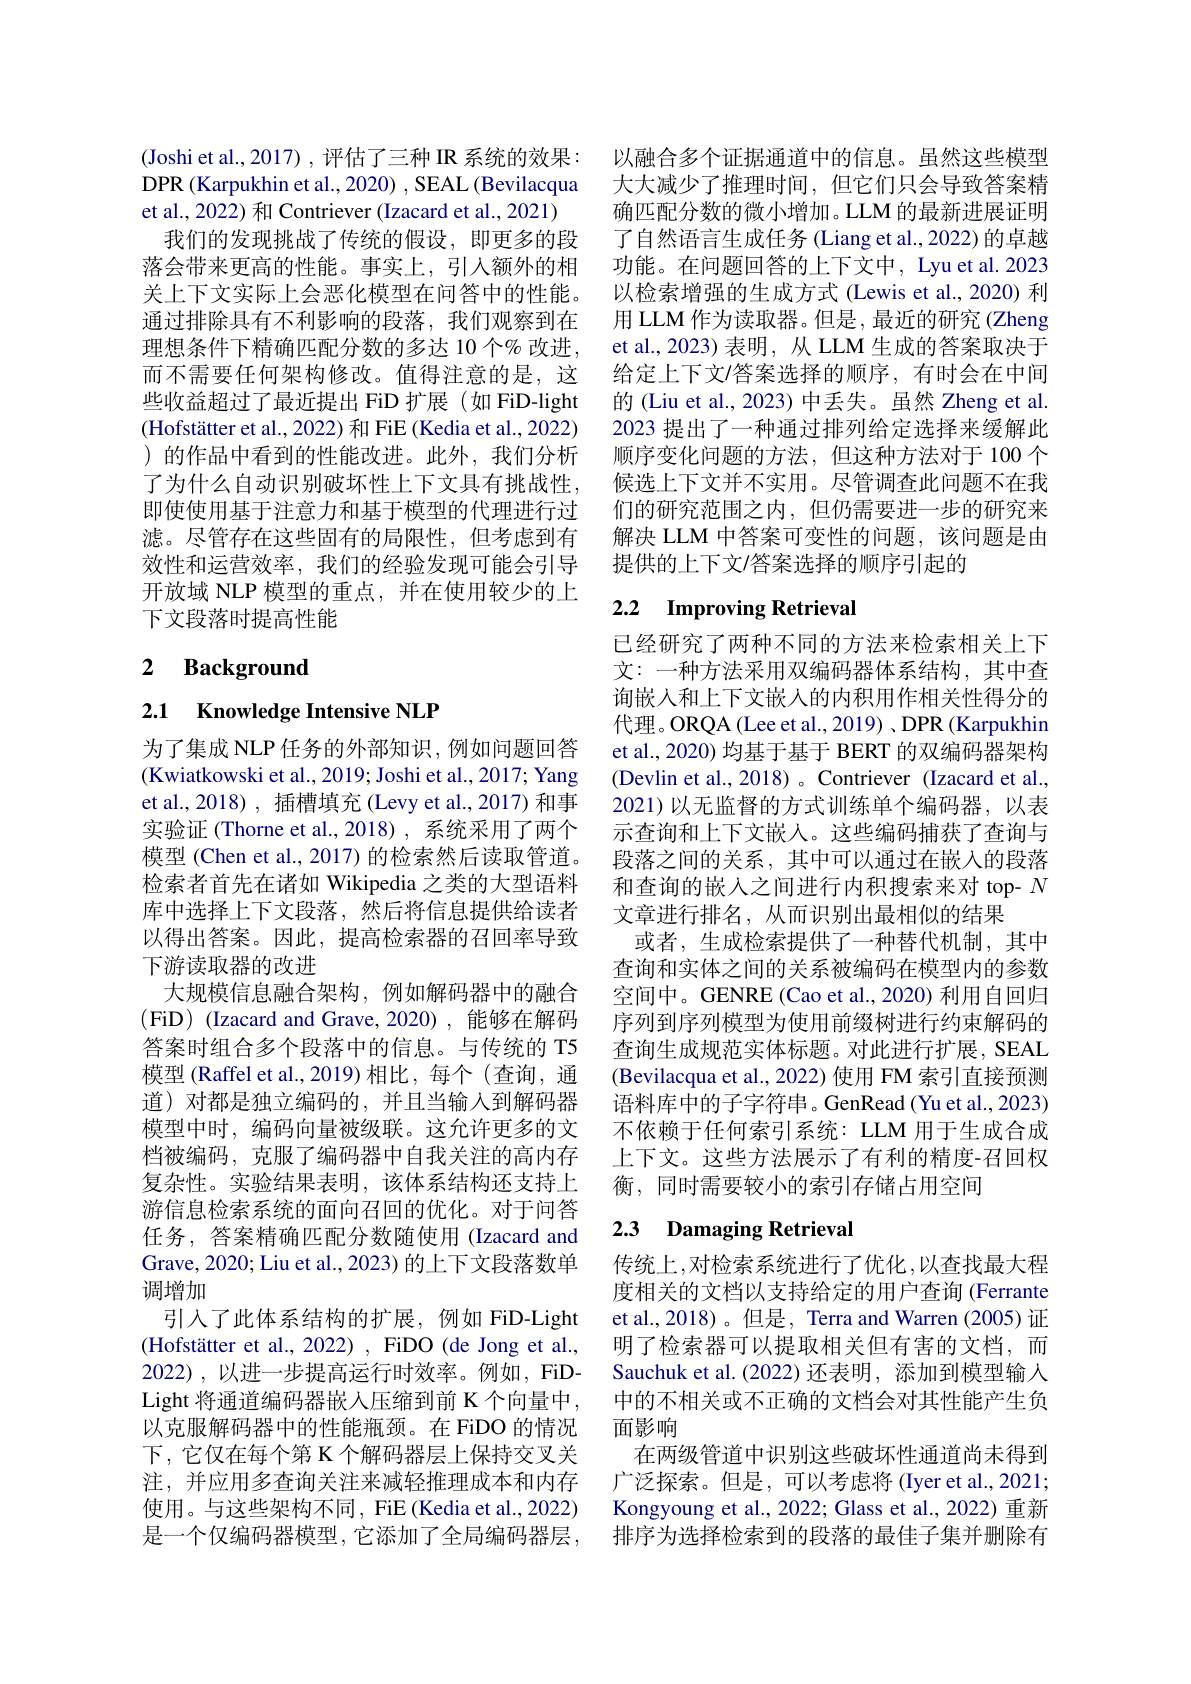
(Joshi et al., 2017), 评估了三种 IR 系统的效果： DPR (Karpukhin et al., 2020) , SEAL (Bevilacqua et al., 2022) 和 Contriever (Izacard et al., 2021)
我们的发现挑战了传统的假设，即更多的段落会带来更高的性能。事实上，引入额外的相关上下文实际上会恶化模型在问答中的性能。通过排除具有不利影响的段落，我们观察到在理想条件下精确匹配分数的多达 10 个% 改进， 而不需要任何架构修改。值得注意的是，这些收益超过了最近提出 FiD 扩展 (如 FiD-light (Hofstätter et al., 2022) 和 FiE (Kedia et al., 2022) )的作品中看到的性能改进。此外，我们分析了为什么自动识别破坏性上下文具有挑战性， 即使使用基于注意力和基于模型的代理进行过滤。尽管存在这些固有的局限性，但考虑到有效性和运营效率，我们的经验发现可能会引导开放域 NLP 模型的重点，并在使用较少的上下文段落时提高性能

# 2 Background

2.1 Knowledge Intensive NLP

为了集成 NLP 任务的外部知识，例如问题回答(Kwiatkowski et al., 2019; Joshi et al., 2017; Yang et al.,2018), 插槽填充(Levy et al.,2017) 和事实验证(Thorne et al.,2018),系统采用了两个模型 (Chen et al., 2017) 的检索然后读取管道。检索者首先在诸如 Wikipedia 之类的大型语料库中选择上下文段落，然后将信息提供给读者以得出答案。因此，提高检索器的召回率导致下游读取器的改进
大规模信息融合架构，例如解码器中的融合答案时组合多个段落中的信息。与传统的 T5模型 (Raffel et al., 2019)相比，每个 (查询，通道) 对都是独立编码的，并且当输入到解码器模型中时，编码向量被级联。这允许更多的文档被编码，克服了编码器中自我关注的高内存复杂性。实验结果表明，该体系结构还支持上游信息检索系统的面向召回的优化。对于问答任务，答案精确匹配分数随使用(Izacard and Grave, 2020; Liu et al., 2023) 的上下文段落数单调增加
引入了此体系结构的扩展，例如 FiD-Light (Hofstätter et al., 2022) , FiDO (de Jong et al., 2022),以进一步提高运行时效率。例如，FiDLight 将通道编码器嵌人压缩到前 K 个向量中， 以克服解码器中的性能瓶颈。在FiDO 的情况下，它仅在每个第 K 个解码器层上保持交叉关注，并应用多查询关注来减轻推理成本和内存使用。与这些架构不同 , FiE (Kedia et al., 2022) 是一个仅编码器模型，它添加了全局编码器层，

以融合多个证据通道中的信息。虽然这些模型大大减少了推理时间，但它们只会导致答案精确匹配分数的微小增加。LLM 的最新进展证明了自然语言生成任务 (Liang et al., 2022) 的卓越功能。在问题回答的上下文中，Lyu et al. 2023以检索增强的生成方式 (Lewis et al., 2020) 利用 LLM 作为读取器。但是，最近的研究 (Zheng et al., 2023) 表明，从 LLM 生成的答案取决于给定上下文$\prime$答案选择的顺序，有时会在中间的 (Liu et al., 2023) 中丢失。虽然 Zheng et al. 2023 提出了一种通过排列给定选择来缓解此顺序变化问题的方法，但这种方法对于 100个候选上下文并不实用。尽管调查此问题不在我们的研究范围之内，但仍需要进一步的研究来解决 LLM 中答案可变性的问题，该问题是由提供的上下文/答案选择的顺序引起的

## 2.2 Improving Retrieval

已经研究了两种不同的方法来检索相关上下文：一种方法采用双编码器体系结构，其中查询嵌入和上下文嵌人的内积用作相关性得分的代理。ORQA (Lee et al., 2019) , DPR (Karpukhin et al., 2020) 均基于基于 BERT 的双编码器架构(Devlin et al., 2018)。{Contriever}({Izacardetal}., 2021)以无监督的方式训练单个编码器，以表示查询和上下文嵌人。这些编码捕获了查询与段落之间的关系，其中可以通过在嵌入的段落和查询的嵌入之间进行内积搜索来对 top- $N$ 文章进行排名，从而识别出最相似的结果
或者，生成检索提供了一种替代机制，其中查询和实体之间的关系被编码在模型内的参数空间中。GENRE(Cao et al., 2020) 利用自回归序列到序列模型为使用前缀树进行约束解码的查询生成规范实体标题。对此进行扩展，SEAL (Bevilacqua et al., 2022) 使用 FM 索引直接预测语料库中的子字符串。GenRead (Yu et al., 2023) 不依赖于任何索引系统：LLM 用于生成合成上下文。这些方法展示了有利的精度-召回权衡，同时需要较小的索引存储占用空间

## 2.3 Damaging Retrieval

传统上，对检索系统进行了优化，以查找最大程度相关的文档以支持给定的用户查询 (Ferrante et al.,2018)。但是，Terra and Warren (2005) 证明了检索器可以提取相关但有害的文档，而Sauchuk et al.(2022) 还表明，添加到模型输入中的不相关或不正确的文档会对其性能产生负面影响
在两级管道中识别这些破坏性通道尚未得到广泛探索。但是，可以考虑将 (Iyer et al., 2021; Kongyoung et al., 2022; Glass et al., 2022) 重新排序为选择检索到的段落的最佳子集并删除有